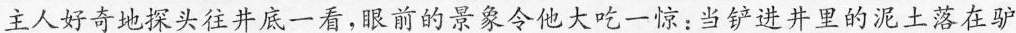
主人好奇地探头往井底一看，眼前的景象令他大吃一惊：当铲进井里的泥土落在驴